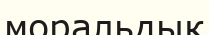
моральдык